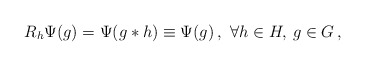
\begin{align*}R_h\Psi(g)=\Psi(g*h)\equiv\Psi(g)\,,\,\,\forall h\in H,\,g\in G\,,\end{align*}